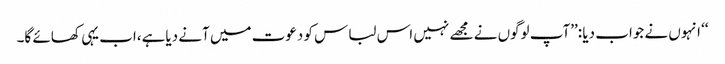
‘‘ انہوں نے جواب دیا :’’آپ لوگوں نے مجھے نہیں اس لباس کو دعوت میں آنے دیاہے،اب یہی کھائے گا۔